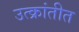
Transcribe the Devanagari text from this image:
उत्क्रांतीत